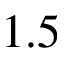
1 . 5